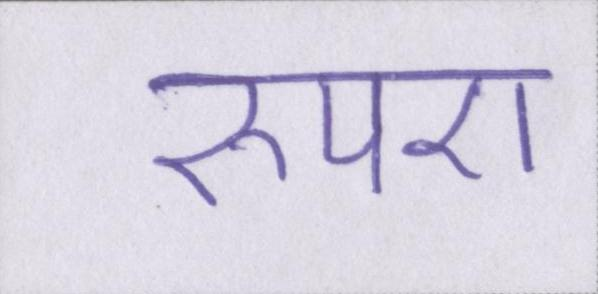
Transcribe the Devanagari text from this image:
रुपए